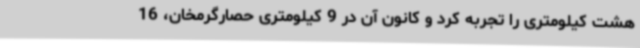
هشت کیلومتری را تجربه کرد و کانون آن در 9 کیلومتری حصارگرمخان، 16